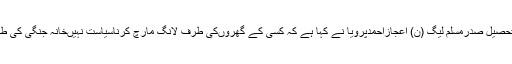
وزیرآباد (جی پی آئی) تحصیل صدرمسلم لیگ (ن) اعجازاحمدپرویا نے کہا ہے کہ کسی کے گھروںکی طرف لانگ مارچ کرناسیاست نہیںخانہ جنگی کی طرف ملک کودھکیلناہے۔